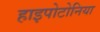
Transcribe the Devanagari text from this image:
हाइपोटोनिया